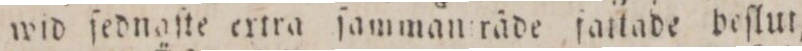
wid ſednaſte ertra ſamman räde fattade beſlut,